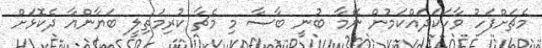
މެޗަށްފަހު ވާހަކަދައްކަމުން ނޭމާ ބުނީ ބާސާ މި މެޗާ ކުރިމަތިލީ ބަޔާންއާ ދެކޮޅަށް